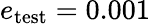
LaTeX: e_{\mathrm{test}}=0.001